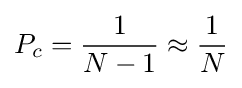
{P_{c}={\frac {1}{N-1}}\approx {\frac {1}{N}}}